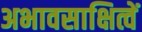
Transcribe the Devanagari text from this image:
अभावसाक्षित्वें